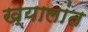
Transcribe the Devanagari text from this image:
ख्यालांत